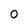
Character: O